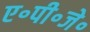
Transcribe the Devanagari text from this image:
ए॰पी॰जे॰